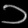
Digit: ၁